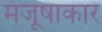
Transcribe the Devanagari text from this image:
मंजूषाकार